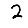
Digit: 2